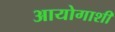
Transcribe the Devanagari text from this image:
आयोगाशी